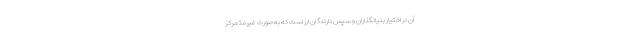
آن در اختیار بنیانگذاران و سپس دارندگان ارز است که به صورت غیرمتمرکز